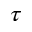
\tau